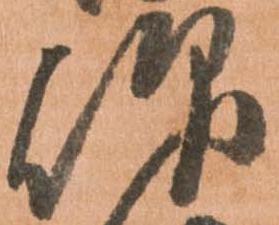
仰